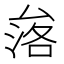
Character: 𱑧